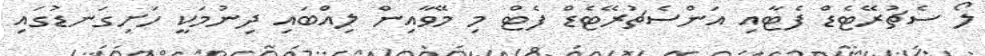
ލޯ ސެޗުރޭޓެޑް ފެޓާއި އަންސެޗުރޭޓެޑް ފެޓް މި މޭވާއިން ލިއްބައި ދިނުމަކީ ހަށިގަނޑުގައި